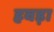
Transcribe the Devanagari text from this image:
हवड़ा